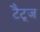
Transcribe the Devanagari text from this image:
टैटूज